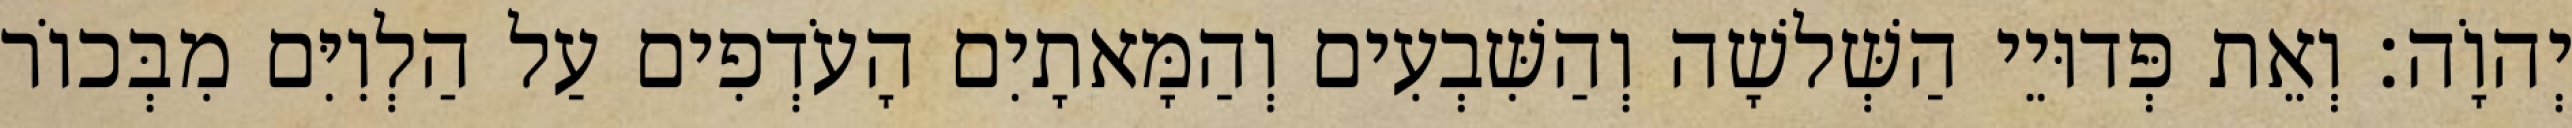
יְהוָֹה׃ וְאֵת פְּדוּיֵי הַשְּׁלשָׁה וְהַשִּׁבְעִים וְהַמָּאתָיִם הָעֹדְפִים עַל הַלְוִיִּם מִבְּכוֹר